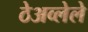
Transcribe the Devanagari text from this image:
ठेअव्लेले